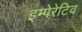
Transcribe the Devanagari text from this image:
इम्पेरेटिव